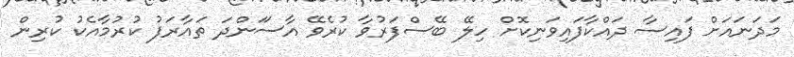
މަދަނައަށް ފައިސާ ދައްކާފައިވަނިކޮށް ހިލޭ ބޭސްފަރުވާ ކުރެވޭ އާސަަންދަ ތައާރަފު ކުރުމާއެކު ކުރިން